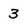
Character: 3